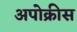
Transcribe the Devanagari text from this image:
अपोक्रीस